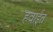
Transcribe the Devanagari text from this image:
हवाईत